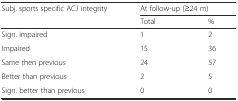
<table><thead><tr><td><b>Subj. sports specific ACJ integrity</b></td><td colspan="2"><b>At follow-up (≥24 m)</b></td></tr><tr><td></td><td><b>Total</b></td><td><b>%</b></td></tr></thead><tbody><tr><td>Sign. impaired</td><td>1</td><td>2</td></tr><tr><td>Impaired</td><td>15</td><td>36</td></tr><tr><td>Same then previous</td><td>24</td><td>57</td></tr><tr><td>Better than previous</td><td>2</td><td>5</td></tr><tr><td>Sign. better than previous</td><td>0</td><td>0</td></tr></tbody></table>